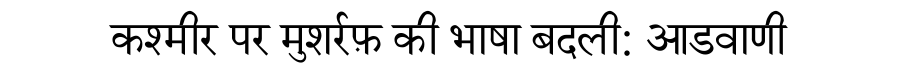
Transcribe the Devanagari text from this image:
कश्मीर पर मुशर्रफ़ की भाषा बदली: आडवाणी